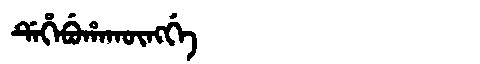
Manchu: ᡩᡝᡥᡝᠪᡠᡥᠠᡴᡡᠩᡤᡝ
Romanization: DEHEBUHAKŪNGGE